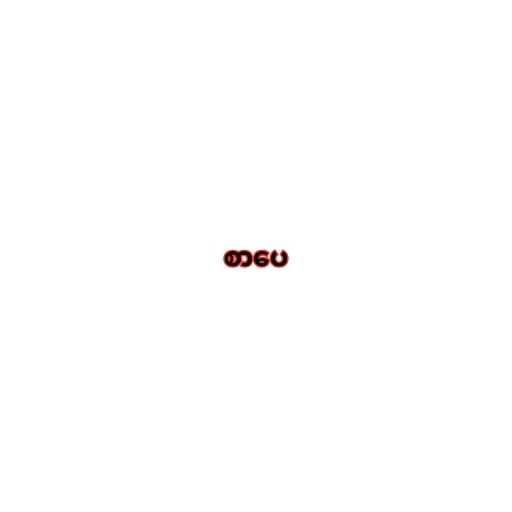
စာပေ